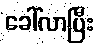
ခေါ်လာပြီး